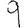
Digit: 9